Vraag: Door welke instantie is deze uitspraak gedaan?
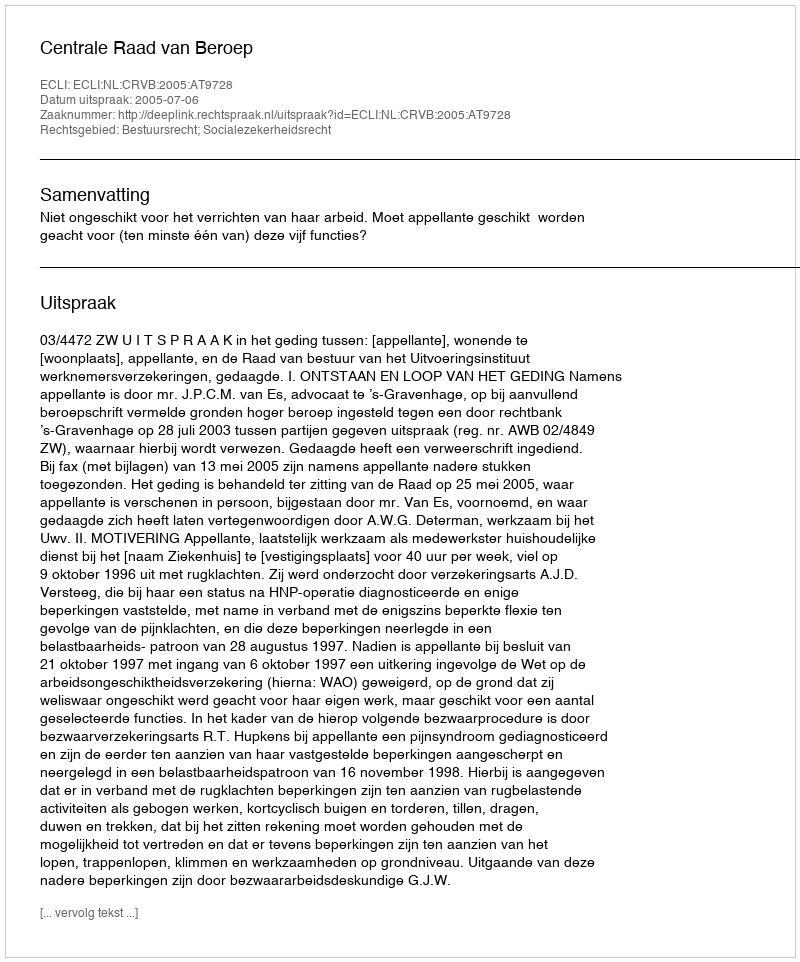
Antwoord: Centrale Raad van Beroep